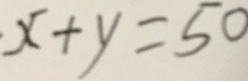
x + y = 5 0